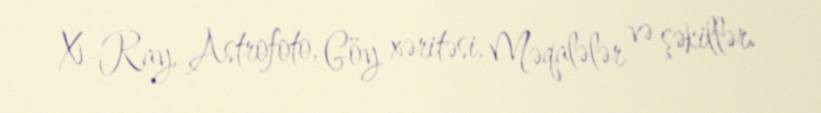
X-Ray, Astrofoto, Göy xəritəsi, Məqalələr və şəkillər.